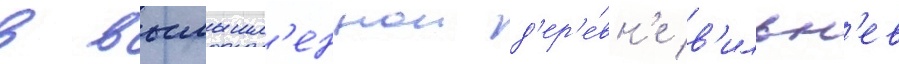
в вымышл'еннои д'ер'е́вн'е в'ильн'ев